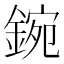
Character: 鋺